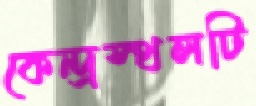
কেন্দ্রস্থলটি